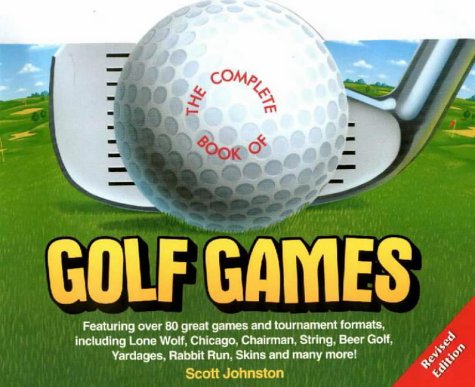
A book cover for The Complete Book of Golf Games; Scott Johnston; Humor & Entertainment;